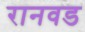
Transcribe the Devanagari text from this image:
रानवड